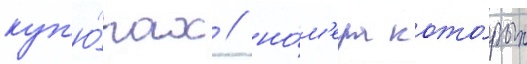
куп'ю́рах / но́м'ера кото́рых